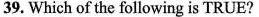
39. Which of the following is TRUE?